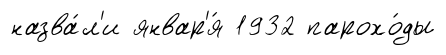
назва́л'и январ'я́ 1932 парохо́ды